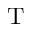
\ensuremath \mathrm { T }